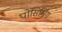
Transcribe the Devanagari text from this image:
पोसिश्निंग